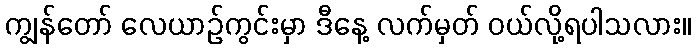
ကျွန်တော် လေယာဉ်ကွင်းမှာ ဒီနေ့ လက်မှတ် ဝယ်လို့ရပါသလား။